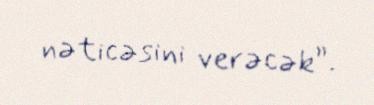
nəticəsini verəcək”.